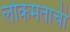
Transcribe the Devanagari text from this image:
लोकमताची